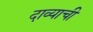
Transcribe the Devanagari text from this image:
दाव्याची